65_HS1-834228961_62-HQ-83894_Section_9
Agency: FBI
Page 240
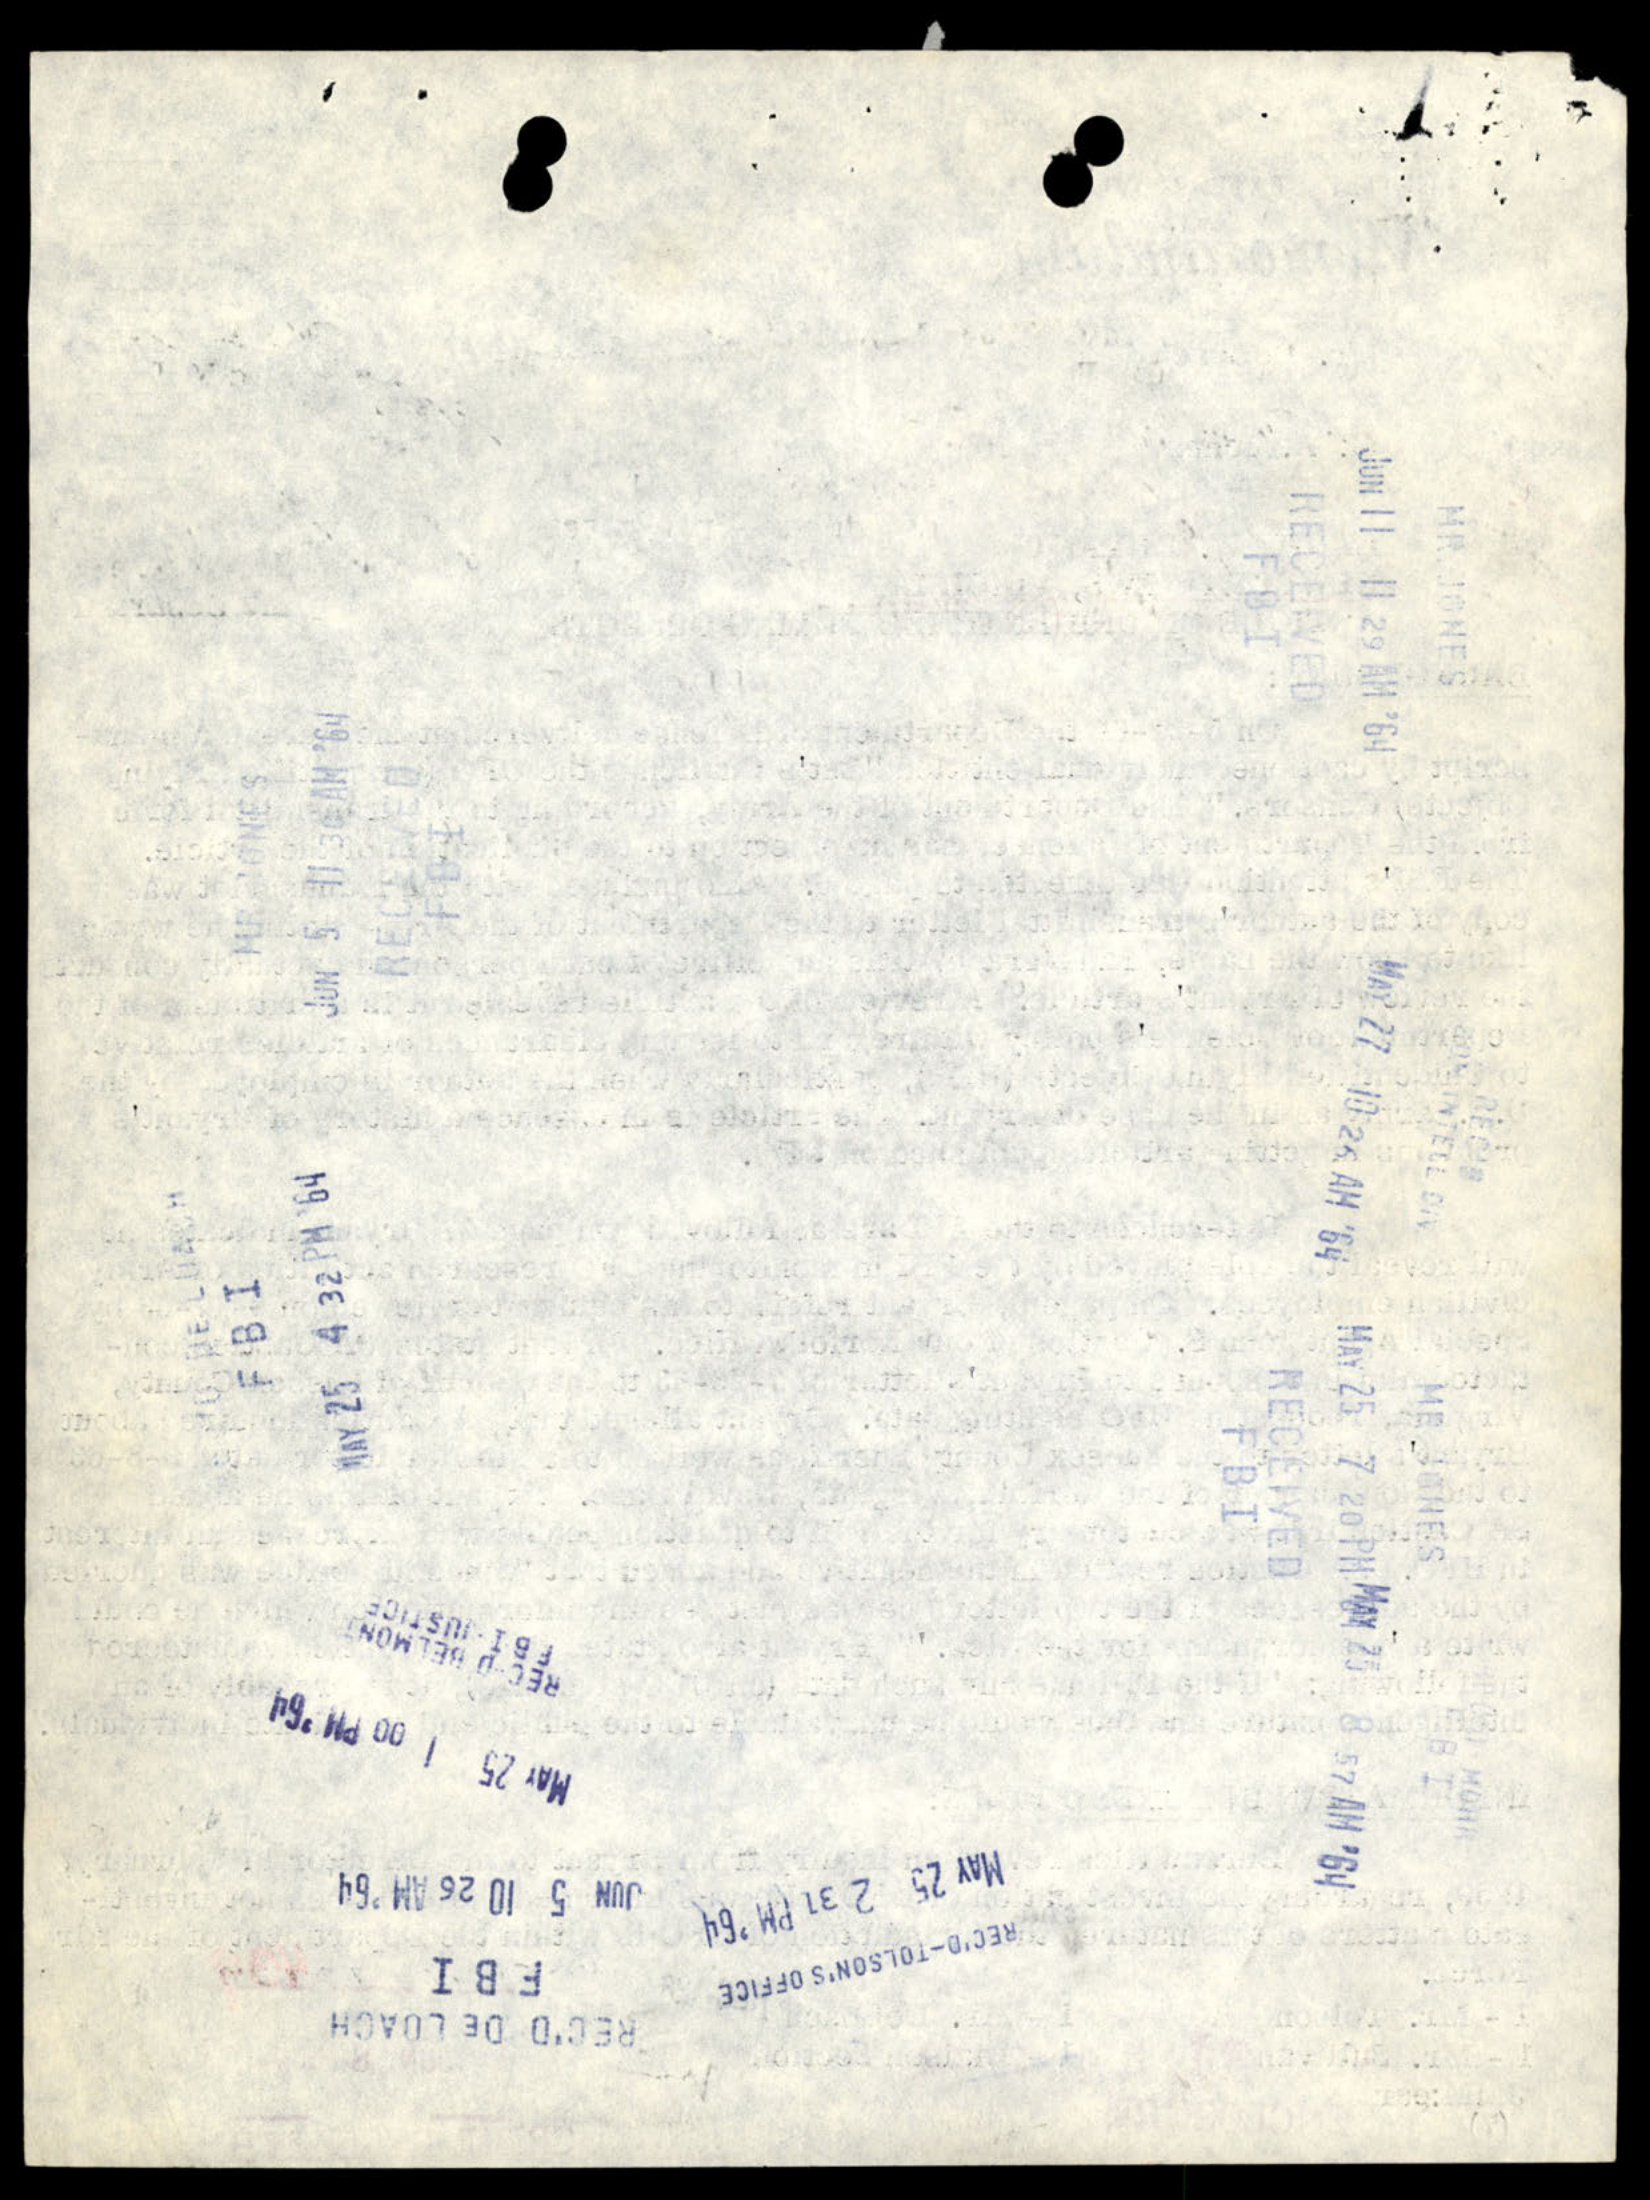